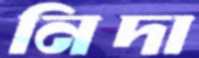
নিদা